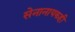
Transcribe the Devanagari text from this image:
सेनानायकही